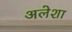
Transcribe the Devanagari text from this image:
अलेशा